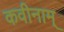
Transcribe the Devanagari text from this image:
कवीनाम्